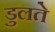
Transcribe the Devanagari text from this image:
डुलते